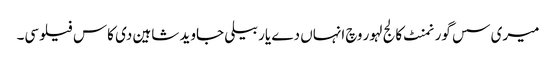
میری سس گورنمنٹ کالج لہور وچ انہاں دے یار بیلی جاوید شاہین دی کاس فیلوسی۔